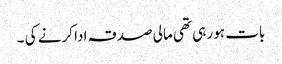
بات ہو رہی تھی مالی صدقہ ادا کرنے کی ۔